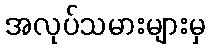
အလုပ်သမားများမှ